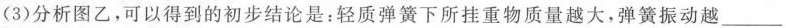
(3)分析图乙，可以得到的初步结论是：轻质弹簧下所挂重物质量越大，弹簧振动越___